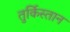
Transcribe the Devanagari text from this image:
तुर्किस्‍तान